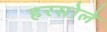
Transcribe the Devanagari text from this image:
हरसोले